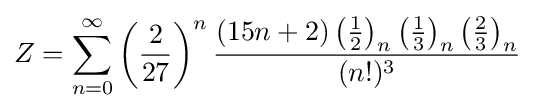
Z=\sum _{n=0}^{\infty }\left({\frac {2}{27}}\right)^{n}{\frac {(15n+2)\left({\frac {1}{2}}\right)_{n}\left({\frac {1}{3}}\right)_{n}\left({\frac {2}{3}}\right)_{n}}{(n!)^{3}}}